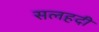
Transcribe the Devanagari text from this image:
सलहदी